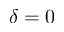
\delta = 0